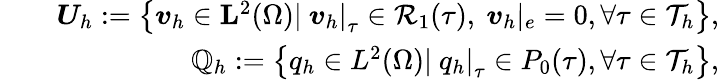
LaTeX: \begin{array}{rlr}&{}&{\boldsymbol{U}_{h}:=\left\{ \boldsymbol{v}_{h}\in\mathbf{L}^{2}(\Omega)\left|~\boldsymbol{v}_{h}\right|_{\tau}\in\mathcal{R}_{1}(\tau),~\boldsymbol{v}_{h}|_{e}=0,\forall\tau\in\mathcal{T}_{h}\right\} ,}\\ &{}&{\mathbb{Q}_{h}:=\left\{ {q}_{h}\in{L}^{2}(\Omega)\left|~{q}_{h}\right|_{\tau}\in P_{0}(\tau),\forall\tau\in\mathcal{T}_{h}\right\} ,}\end{array}